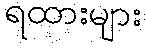
ရထားများ